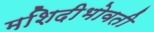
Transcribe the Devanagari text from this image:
मशिदीभोवती